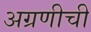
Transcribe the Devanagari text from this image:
अग्रणीची